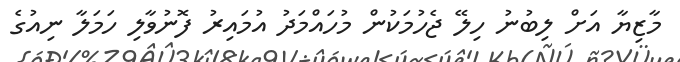
މާޒިޔާ އަށް ލިބުނު ހިލޭ ޖެހުމަކުން މުހައްމަދު އުމައިރު ފޮނުވާލި ހަމަލާ ނިއުގެ